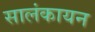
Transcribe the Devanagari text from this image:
सालंकायन